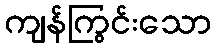
ကျန်ကြွင်းသော